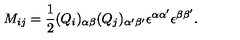
M _ { i j } = \frac { 1 } { 2 } ( Q _ { i } ) _ { \alpha \beta } ( Q _ { j } ) _ { \alpha ^ { \prime } \beta ^ { \prime } } \epsilon ^ { \alpha \alpha ^ { \prime } } \epsilon ^ { \beta \beta ^ { \prime } } . \nonumber